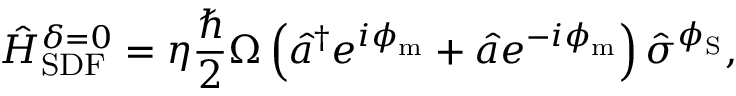
\hat { H } _ { \mathrm { S D F } } ^ { \delta = 0 } = \eta \frac { \hbar } { 2 } \Omega \left( \hat { a } ^ { \dagger } e ^ { i \phi _ { \mathrm { m } } } + \hat { a } e ^ { - i \phi _ { \mathrm { m } } } \right) \hat { \sigma } ^ { \phi _ { \mathrm { S } } } ,